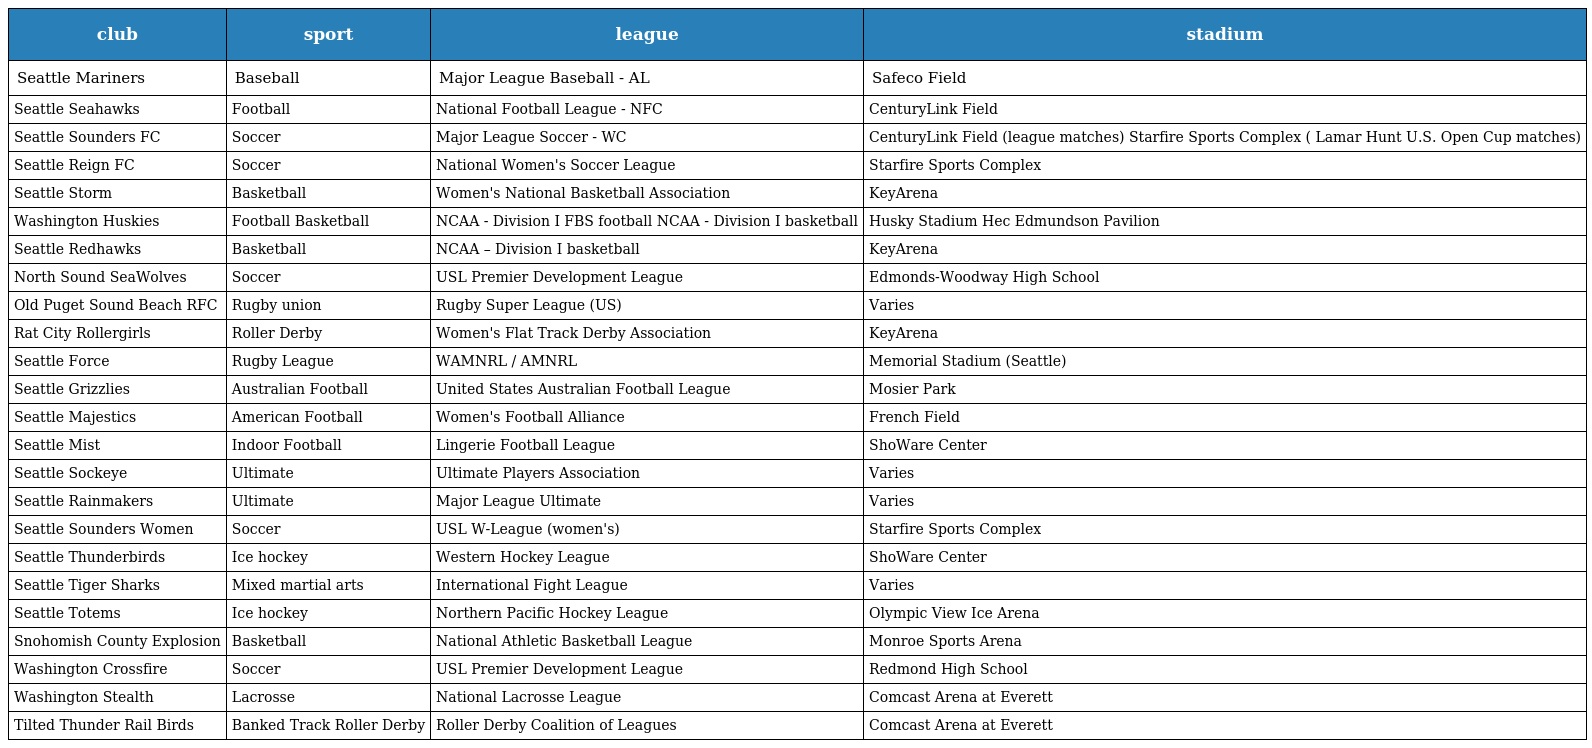
| club | sport | league | stadium |
 | --- | --- | --- | --- |
 | Seattle Mariners | Baseball | Major League Baseball - AL | Safeco Field |
 | Seattle Seahawks | Football | National Football League - NFC | CenturyLink Field |
 | Seattle Sounders FC | Soccer | Major League Soccer - WC | CenturyLink Field (league matches) Starfire Sports Complex ( Lamar Hunt U.S. Open Cup matches) |
 | Seattle Reign FC | Soccer | National Women's Soccer League | Starfire Sports Complex |
 | Seattle Storm | Basketball | Women's National Basketball Association | KeyArena |
 | Washington Huskies | Football Basketball | NCAA - Division I FBS football NCAA - Division I basketball | Husky Stadium Hec Edmundson Pavilion |
 | Seattle Redhawks | Basketball | NCAA – Division I basketball | KeyArena |
 | North Sound SeaWolves | Soccer | USL Premier Development League | Edmonds-Woodway High School |
 | Old Puget Sound Beach RFC | Rugby union | Rugby Super League (US) | Varies |
 | Rat City Rollergirls | Roller Derby | Women's Flat Track Derby Association | KeyArena |
 | Seattle Force | Rugby League | WAMNRL / AMNRL | Memorial Stadium (Seattle) |
 | Seattle Grizzlies | Australian Football | United States Australian Football League | Mosier Park |
 | Seattle Majestics | American Football | Women's Football Alliance | French Field |
 | Seattle Mist | Indoor Football | Lingerie Football League | ShoWare Center |
 | Seattle Sockeye | Ultimate | Ultimate Players Association | Varies |
 | Seattle Rainmakers | Ultimate | Major League Ultimate | Varies |
 | Seattle Sounders Women | Soccer | USL W-League (women's) | Starfire Sports Complex |
 | Seattle Thunderbirds | Ice hockey | Western Hockey League | ShoWare Center |
 | Seattle Tiger Sharks | Mixed martial arts | International Fight League | Varies |
 | Seattle Totems | Ice hockey | Northern Pacific Hockey League | Olympic View Ice Arena |
 | Snohomish County Explosion | Basketball | National Athletic Basketball League | Monroe Sports Arena |
 | Washington Crossfire | Soccer | USL Premier Development League | Redmond High School |
 | Washington Stealth | Lacrosse | National Lacrosse League | Comcast Arena at Everett |
 | Tilted Thunder Rail Birds | Banked Track Roller Derby | Roller Derby Coalition of Leagues | Comcast Arena at Everett |